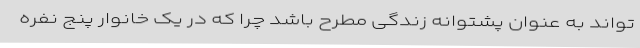
تواند به عنوان پشتوانه زندگی مطرح باشد چرا که در یک خانوار پنج نفره